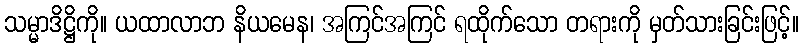
သမ္မာဒိဋ္ဌိကို။ ယထာလာဘ နိယမေန၊ အကြင်အကြင် ရထိုက်သော တရားကို မှတ်သားခြင်းဖြင့်။